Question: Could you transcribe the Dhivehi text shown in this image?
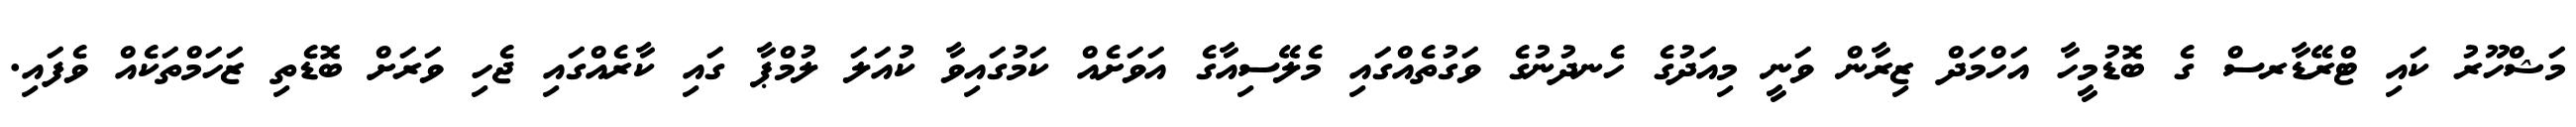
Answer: މަޝްހޫރު ކައި ޓްރޭޑާރސް ގެ ބޮޑުމީހާ އަހްމަދް ޒިރާން ވަނީ މިއަދުގެ ހެނދުނުގެ ވަގުތެއްގައި މެލޭސިއާގެ އަވަށެއް ކަމުގައިވާ ކުއަލަ ލުމްޕާ ގައި ކާރެއްގައި ޖެހި ވަރަށް ބޮޑެތި ޒަހަމްތަކެއް ވެފައި.